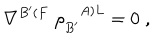
\nabla ^ { B ^ { \prime } ( F } \; \rho _ { B ^ { \prime } } ^ { A ) L } = 0 \; ,